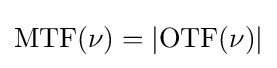
\mathrm {MTF} (\nu )=\left\vert \mathrm {OTF} (\nu )\right\vert